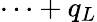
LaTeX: \cdots+q_{L}